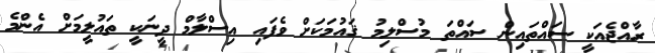
ރާއްޖެއަކީ ސައްތައިން ސައްތަ މުސްލިމު ޤައުމަކަށް ވެފައި އިސްލާމް ދީނަކީ ތައުލީމަށް އެންމެ